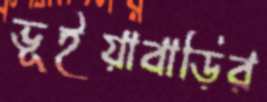
ভূইয়াবাড়ির